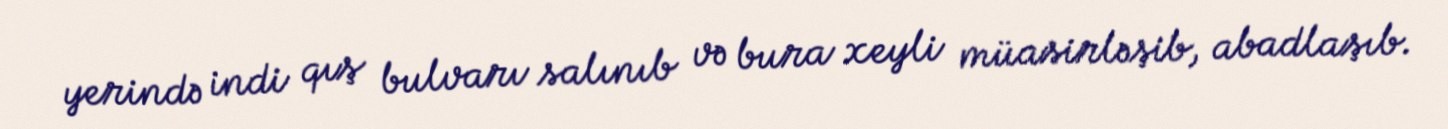
yerində indi qış bulvarı salınıb və bura xeyli müasirləşib, abadlaşıb.